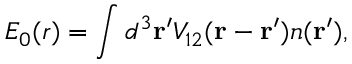
E _ { 0 } ( \boldsymbol { r } ) = \int d ^ { 3 } \mathbf { r ^ { \prime } } V _ { 1 2 } ( \mathbf { r - r ^ { \prime } } ) n ( \mathbf { r ^ { \prime } } ) ,